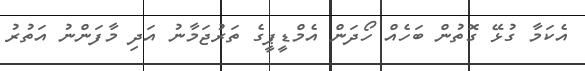
އެކަމާ ގުޅޭ ގޮތުން ބަހެއް ހޯދަން އެމްޑީޕީގެ ތަރުޖަމާނު އަދި މާފަންނު އަތުރު